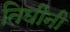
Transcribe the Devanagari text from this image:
तिघींनी